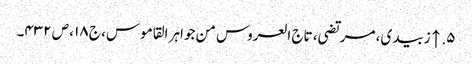
۵. ↑ زبیدی، مرتضی، تاج العروس من جواہر القاموس، ج ۱۸، ص ۴۳۲۔